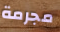
مجرمة